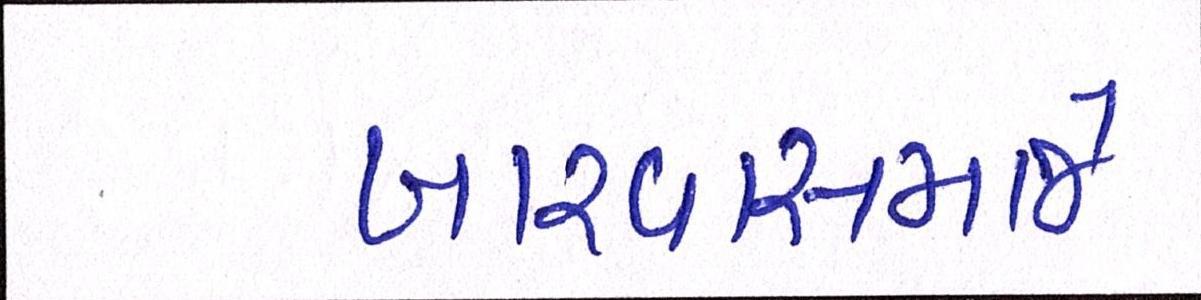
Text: ખારવાસમાજે